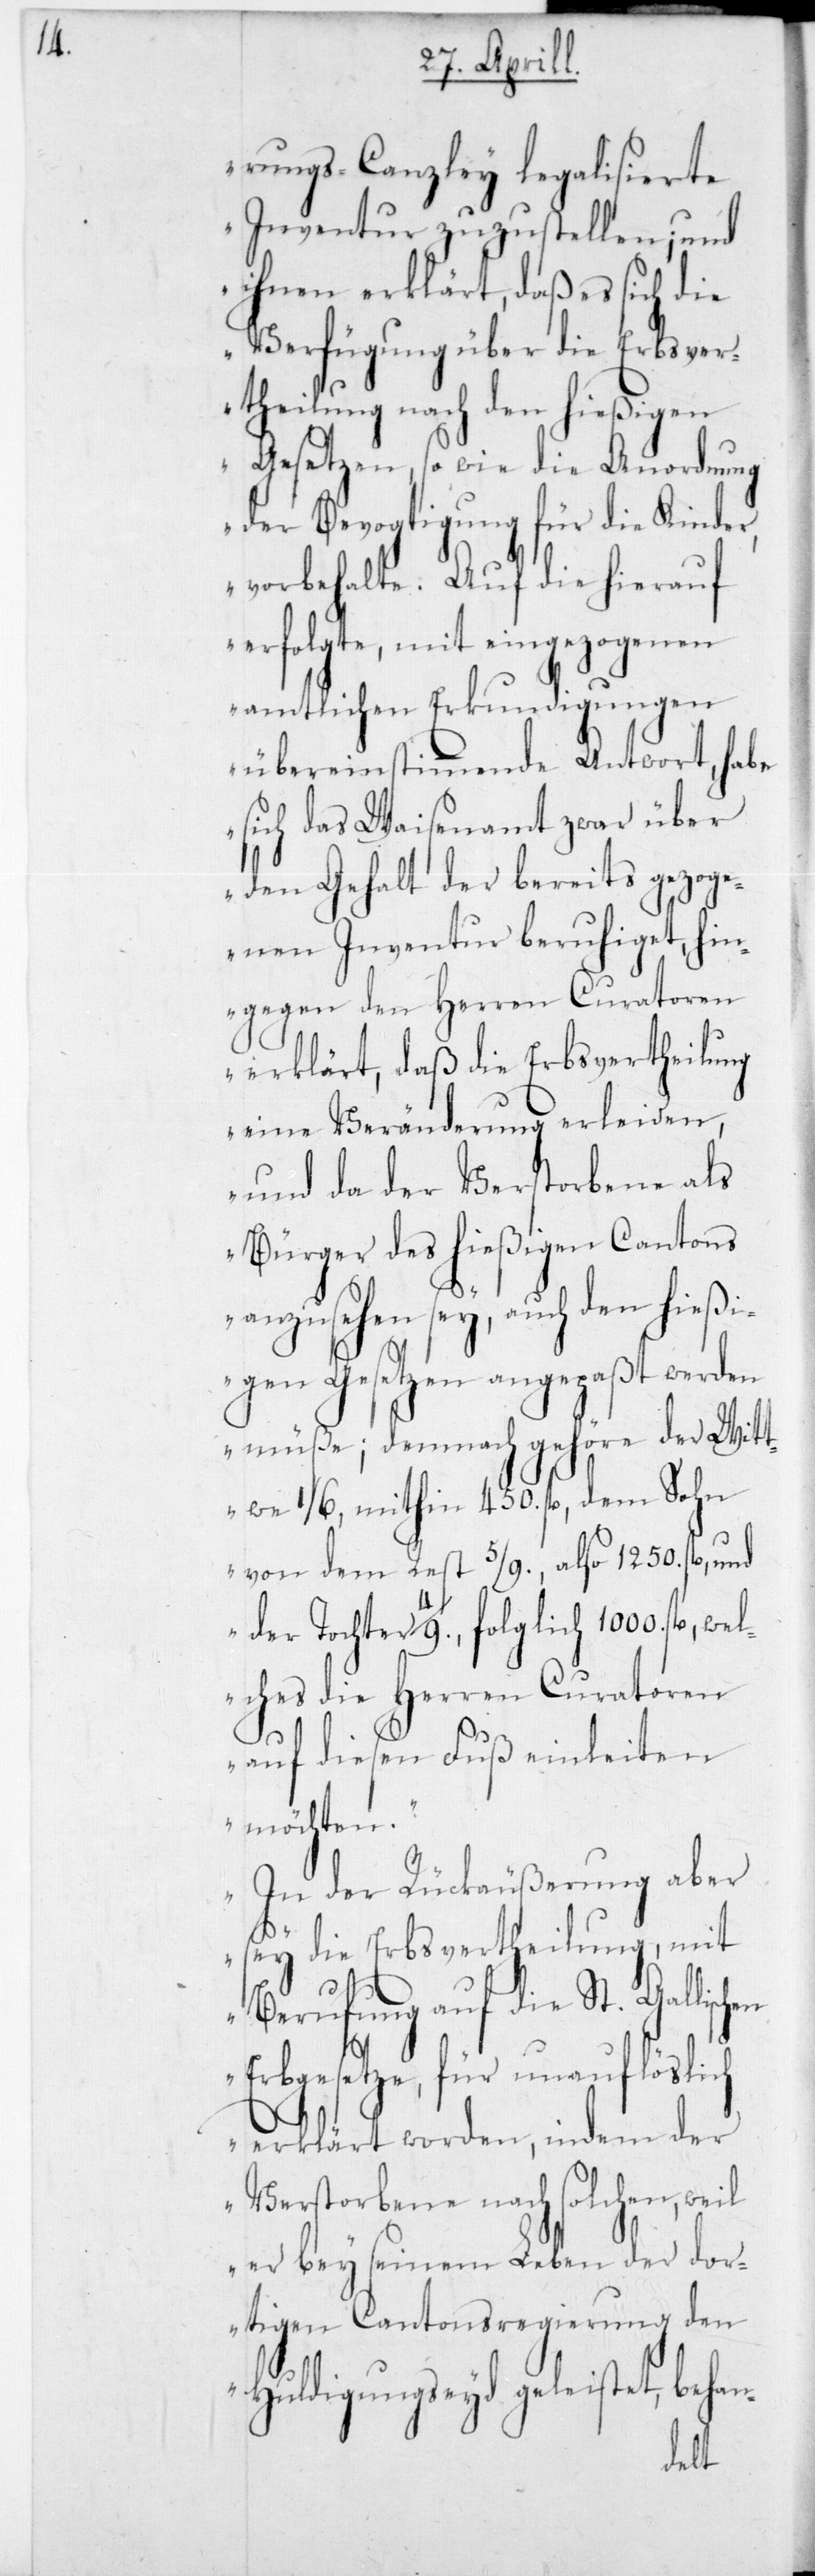
rungs-Canzley legalisierte
Inventur zuzustellen; und
ihnen erklärt, daß es sich die
Verfügung über die Erbsver¬
theilung nach den hießigen
Gesetzen, so wie die Anordnung
der Bevogtigung für die Kinder,
vorbehalte. Auf die hierauf
erfolgte, mit eingezogenen
amtlichen Erkundigungen
übereinstimmende Antwort, habe
sich das Waisenamt zwar über
den Gehalt der bereits gezoge¬
nen Inventur beruhiget, hin¬
gegen den Herren Curatoren
erklärt, daß die Erbsvertheilung
eine Veränderung erleiden,
und da der Verstorbene als
Bürger des hießigen Cantons
anzusehen sey, auch den hießi¬
gen Gesetzen angepaßt werden
müße; demnach gehöre der Wit¬
twe 1/6, mithin 450 fl., dem Sohn
von dem Rest 5/9, also 1250 fl. und
en
der Tochter 4/9, folglich
lches die Herren Curatoren
auf diesen Fuß einleiten
möchten.
In der Rückäußerung aber
sey die Erbsvertheilung, mit
Berufung auf die St. Gallisch¬
Erbgesetze, für unauflöslich
erklärt worden, indem der
Verstorbene nach solchen, weil
er bey seinem Leben der dor¬
tigen Cantonsregierung den
Huldigungseyd geleistet, be¬
han-